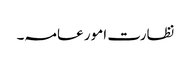
نظارت امور عامہ۔